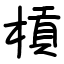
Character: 槓